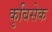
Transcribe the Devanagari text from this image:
कुबिसेक